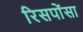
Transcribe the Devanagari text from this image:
रिसपोंसा